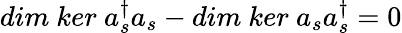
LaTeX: dim\ ker\ a_{s}^{\dagger}a_{s}-dim\ ker\ a_{s}a_{s}^{\dagger}=0